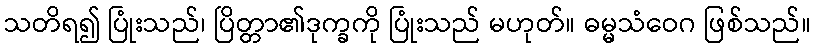
သတိရ၍ ပြုံးသည်၊ ပြိတ္တာ၏ဒုက္ခကို ပြုံးသည် မဟုတ်။ ဓမ္မသံဝေဂ ဖြစ်သည်။